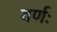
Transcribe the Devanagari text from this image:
वर्णः